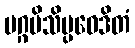
မဂ္ဂမိသိပ္ပဝေဒိတံ